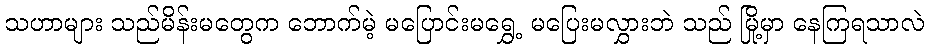
သဟာများ သည်မိန်းမတွေက ဘောက်မဲ့ မပြောင်းမရွှေ့ မပြေးမလွှားဘဲ သည် မြို့မှာ နေကြရသာလဲ